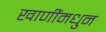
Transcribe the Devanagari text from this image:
खाणींमधुन